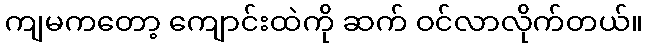
ကျမကတော့ ကျောင်းထဲကို ဆက် ဝင်လာလိုက်တယ်။